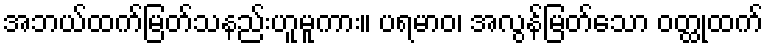
အဘယ်ထက်မြတ်သနည်းဟူမူကား။ ပရမာဝ၊ အလွန်မြတ်သော ဝတ္ထုထက်